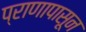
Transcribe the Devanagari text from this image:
प्राणापासून